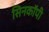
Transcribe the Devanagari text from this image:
सिनकाॅपी